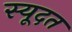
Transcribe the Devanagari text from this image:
स्यूदत